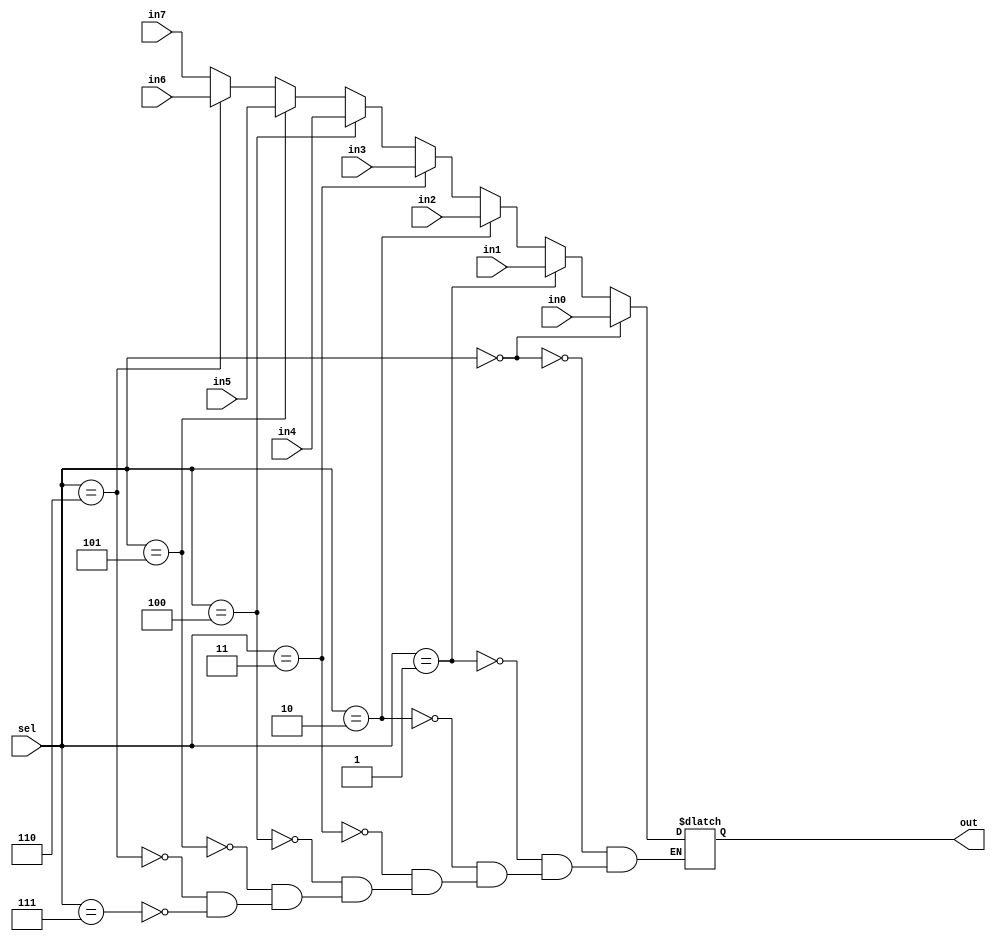
module mux_8_to_1( sel, in0, in1, in2, in3, in4, in5, in6, in7, out);

input [2:0] sel;
input [15:0] in0, in1, in2, in3, in4, in5, in6, in7;
output reg [15:0] out;

always @(*) begin
	if (sel == 3'b000)
		out <= in0;
	else if (sel == 3'b001)
		out <= in1;
	else if (sel == 3'b010)
		out <= in2;
	else if (sel == 3'b011)
		out <= in3;
	else if (sel == 3'b100)
		out <= in4;
	else if (sel == 3'b101)
		out <= in5;
	else if (sel == 3'b110)
		out <= in6;
	else if (sel == 3'b111)
		out <= in7;
end

endmodule